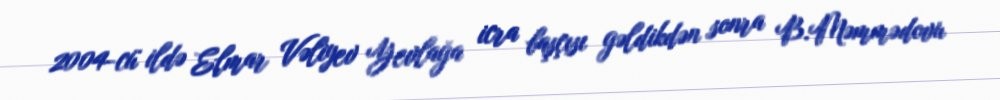
2004-cü ildə Elmar Vəliyev Yevlağa icra başçısı gəldikdən sonra B.Məmmədovu